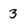
Character: 3